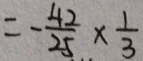
= - \frac { 4 2 } { 2 5 } \times \frac { 1 } { 3 }